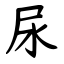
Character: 尿